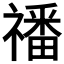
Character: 𥛮